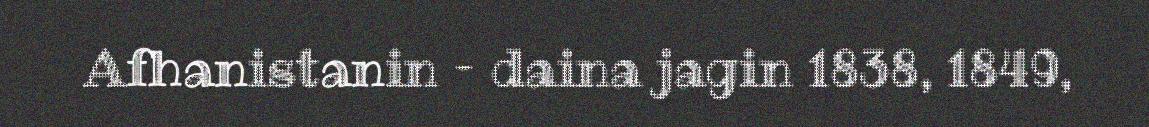
Afhanistanin – daina jagin 1838, 1849,